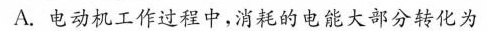
A.电动机工作过程中，消耗的电能大部分转化为